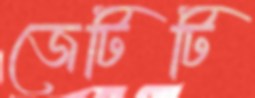
জেটিটি